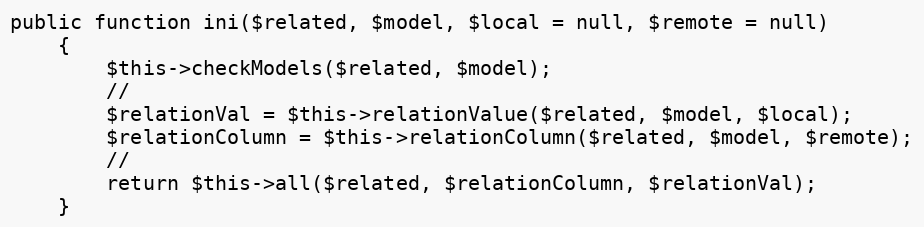
Language: PHP
public function ini($related, $model, $local = null, $remote = null)
    {
        $this->checkModels($related, $model);
        //
        $relationVal = $this->relationValue($related, $model, $local);
        $relationColumn = $this->relationColumn($related, $model, $remote);
        //
        return $this->all($related, $relationColumn, $relationVal);
    }